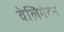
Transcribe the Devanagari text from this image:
वेलिगंटन